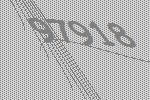
97918